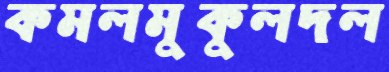
কমলমুকুলদল